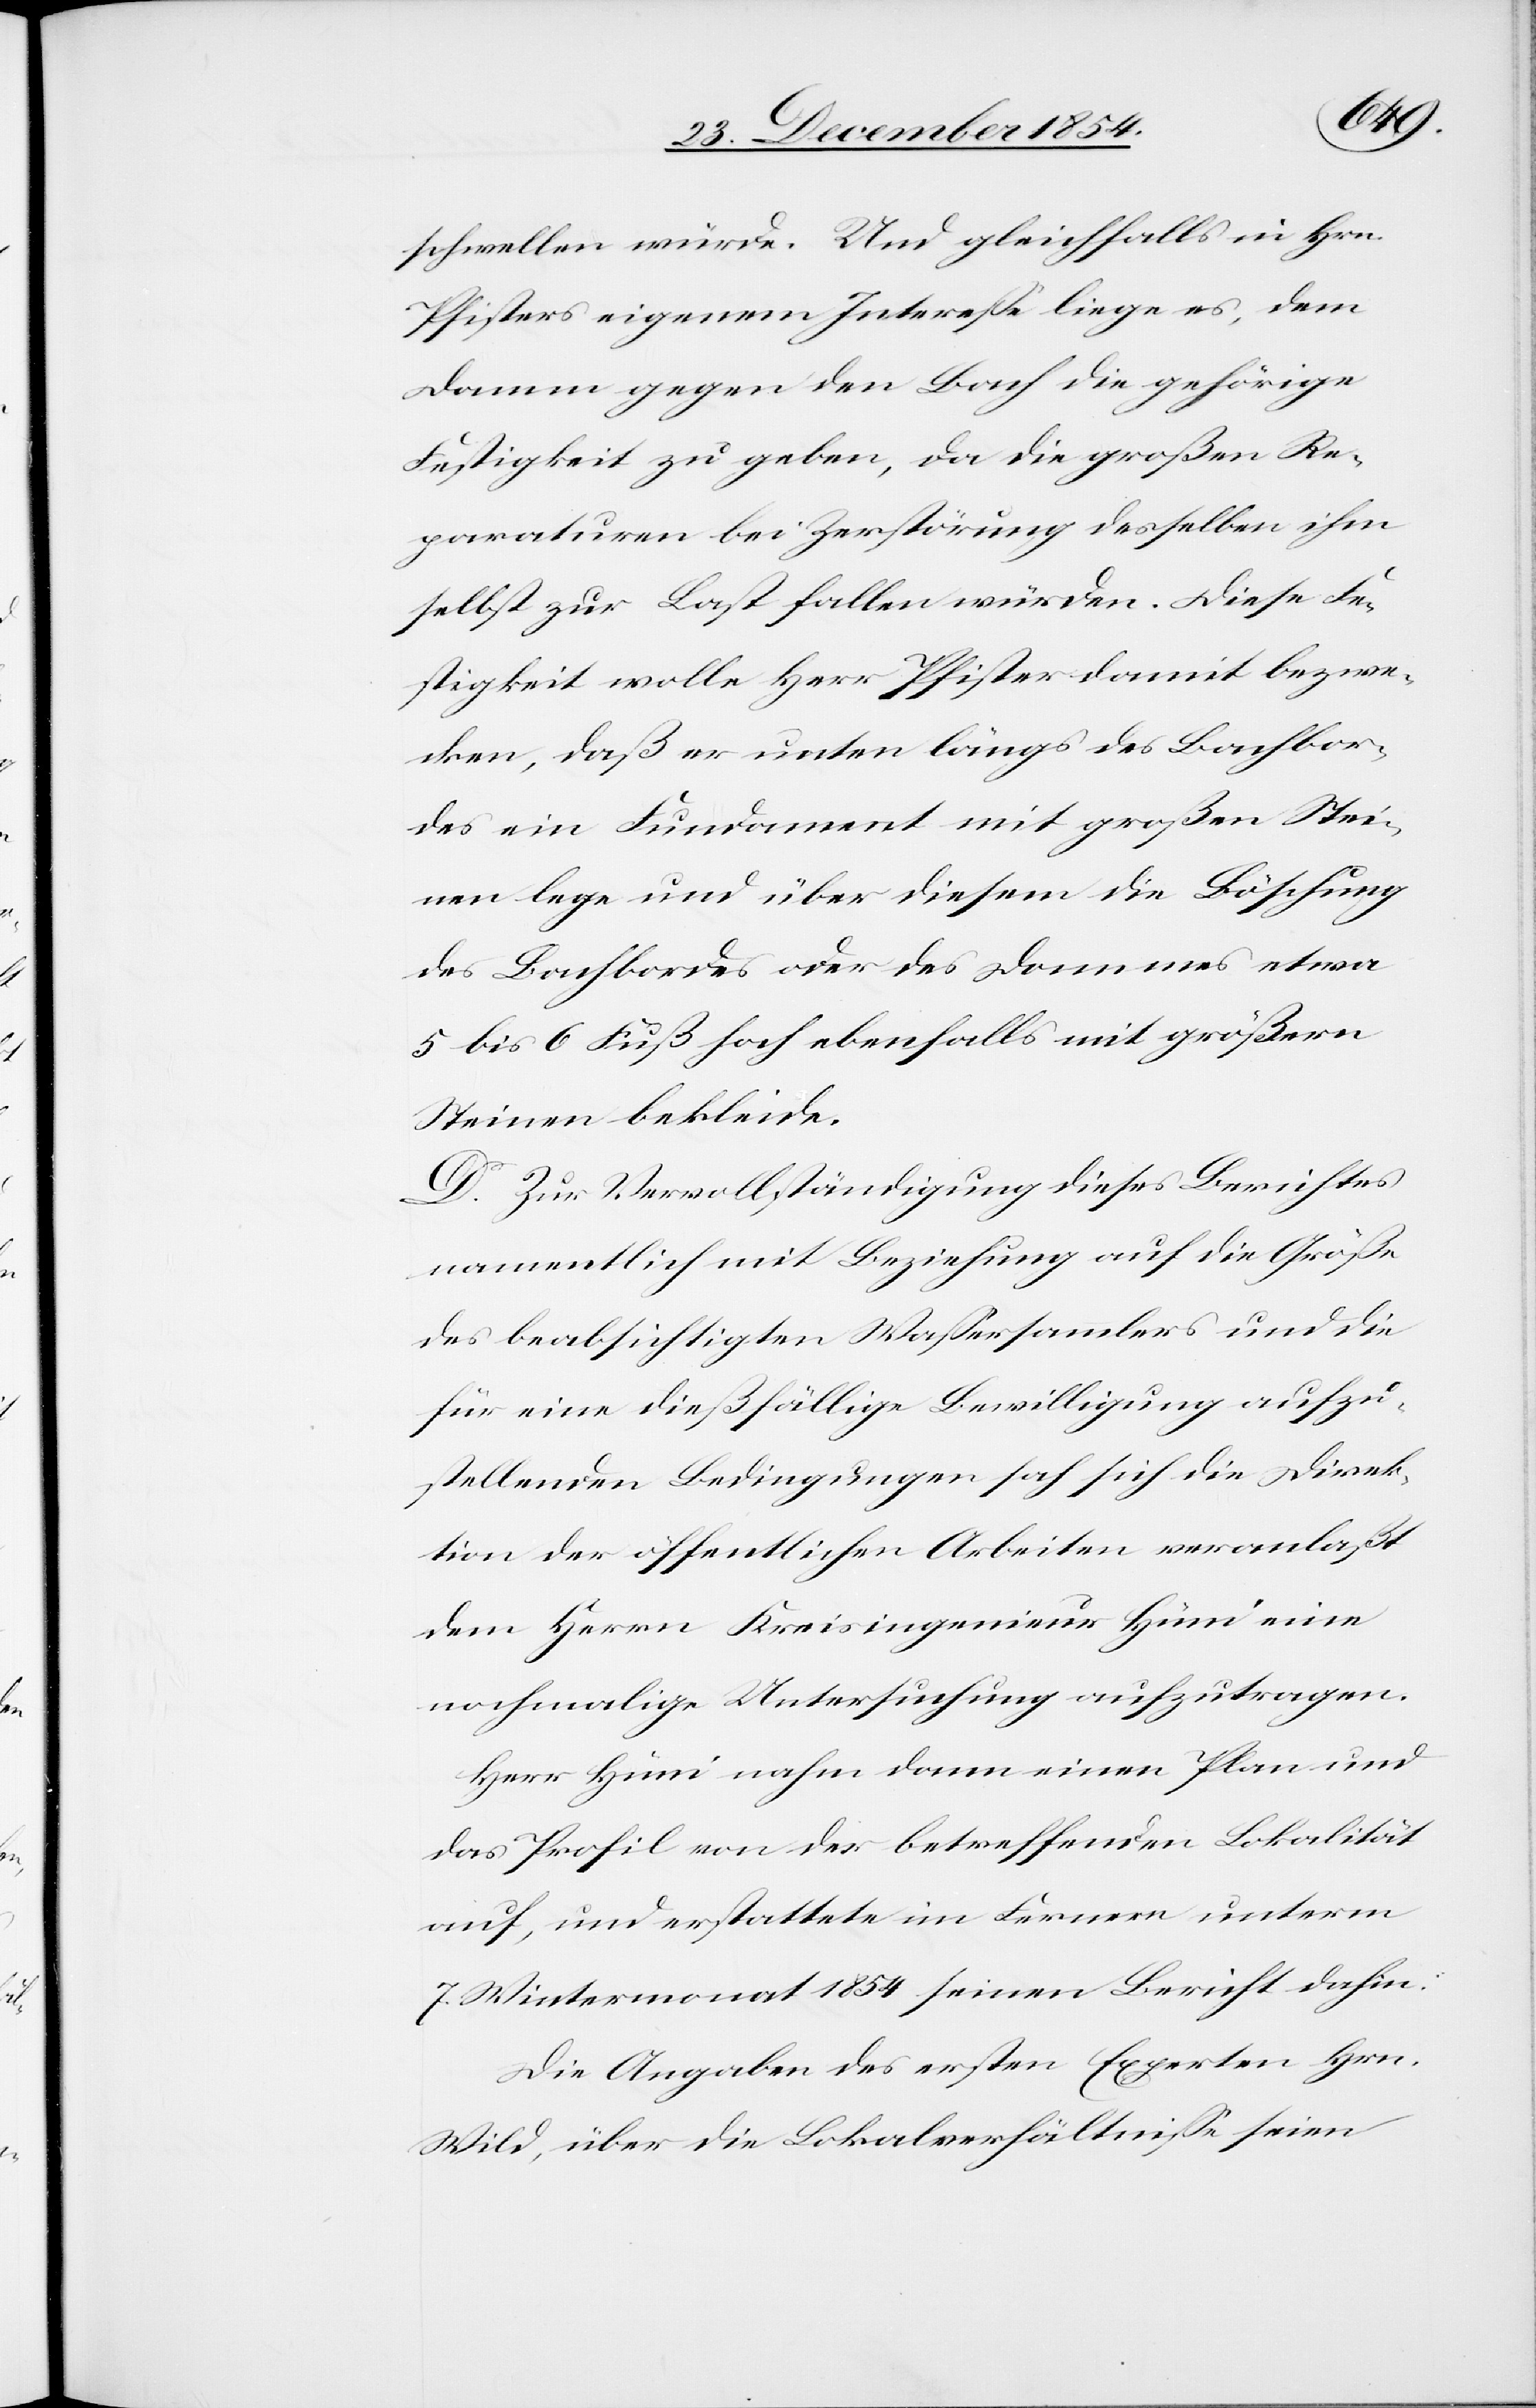
schwellen würde. Und gleichfalls in Hrn.
Pfisters eigenem Intereße liege es, dem
Damm gegen den Bach die gehörige
Festigkeit zu geben, da die großen Re¬
paraturen bei Zerstörung desselben ihm
selbst zur Last fallen würden. Diese Fe¬
stigkeit wolle Herr Pfister damit bezwe¬
cken, daß er unten längs des Bachbor¬
des ein Fundament mit großen Stei¬
nen lege und über diesem die Böschung
des Bachbordes oder des Dammes etwa
5 bis 6 Fuß hoch ebenfalls mit größeren
Steinen bekleide.
D. Zur Vervollständigung dieses Berichtes
namentlich mit Beziehung auf die Größe
des beabsichtigten Waßersammlers und die
für eine dießfällige Bewilligung aufzu¬
stellenden Bedingungen sah sich die Direk¬
tion der öffentlichen Arbeiten veranlaßt
dem Herrn Kreisingenieur Hüni eine
nochmalige Untersuchung aufzutragen.
Herr Hüni nahm dann einen Plan und
das Profil von der betreffenden Lokalität
auf, und erstattete im Fernern unterm
7. Wintermonat 1854 seinen Bericht dahin:
Die Angaben des ersten Experten Hrn.
Wild, über die Lokalverhältniße seien